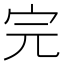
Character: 完